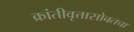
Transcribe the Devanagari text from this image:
क्रांतीवृत्तासोबतचा